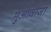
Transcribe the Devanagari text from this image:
मुआवाजा